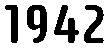
1942